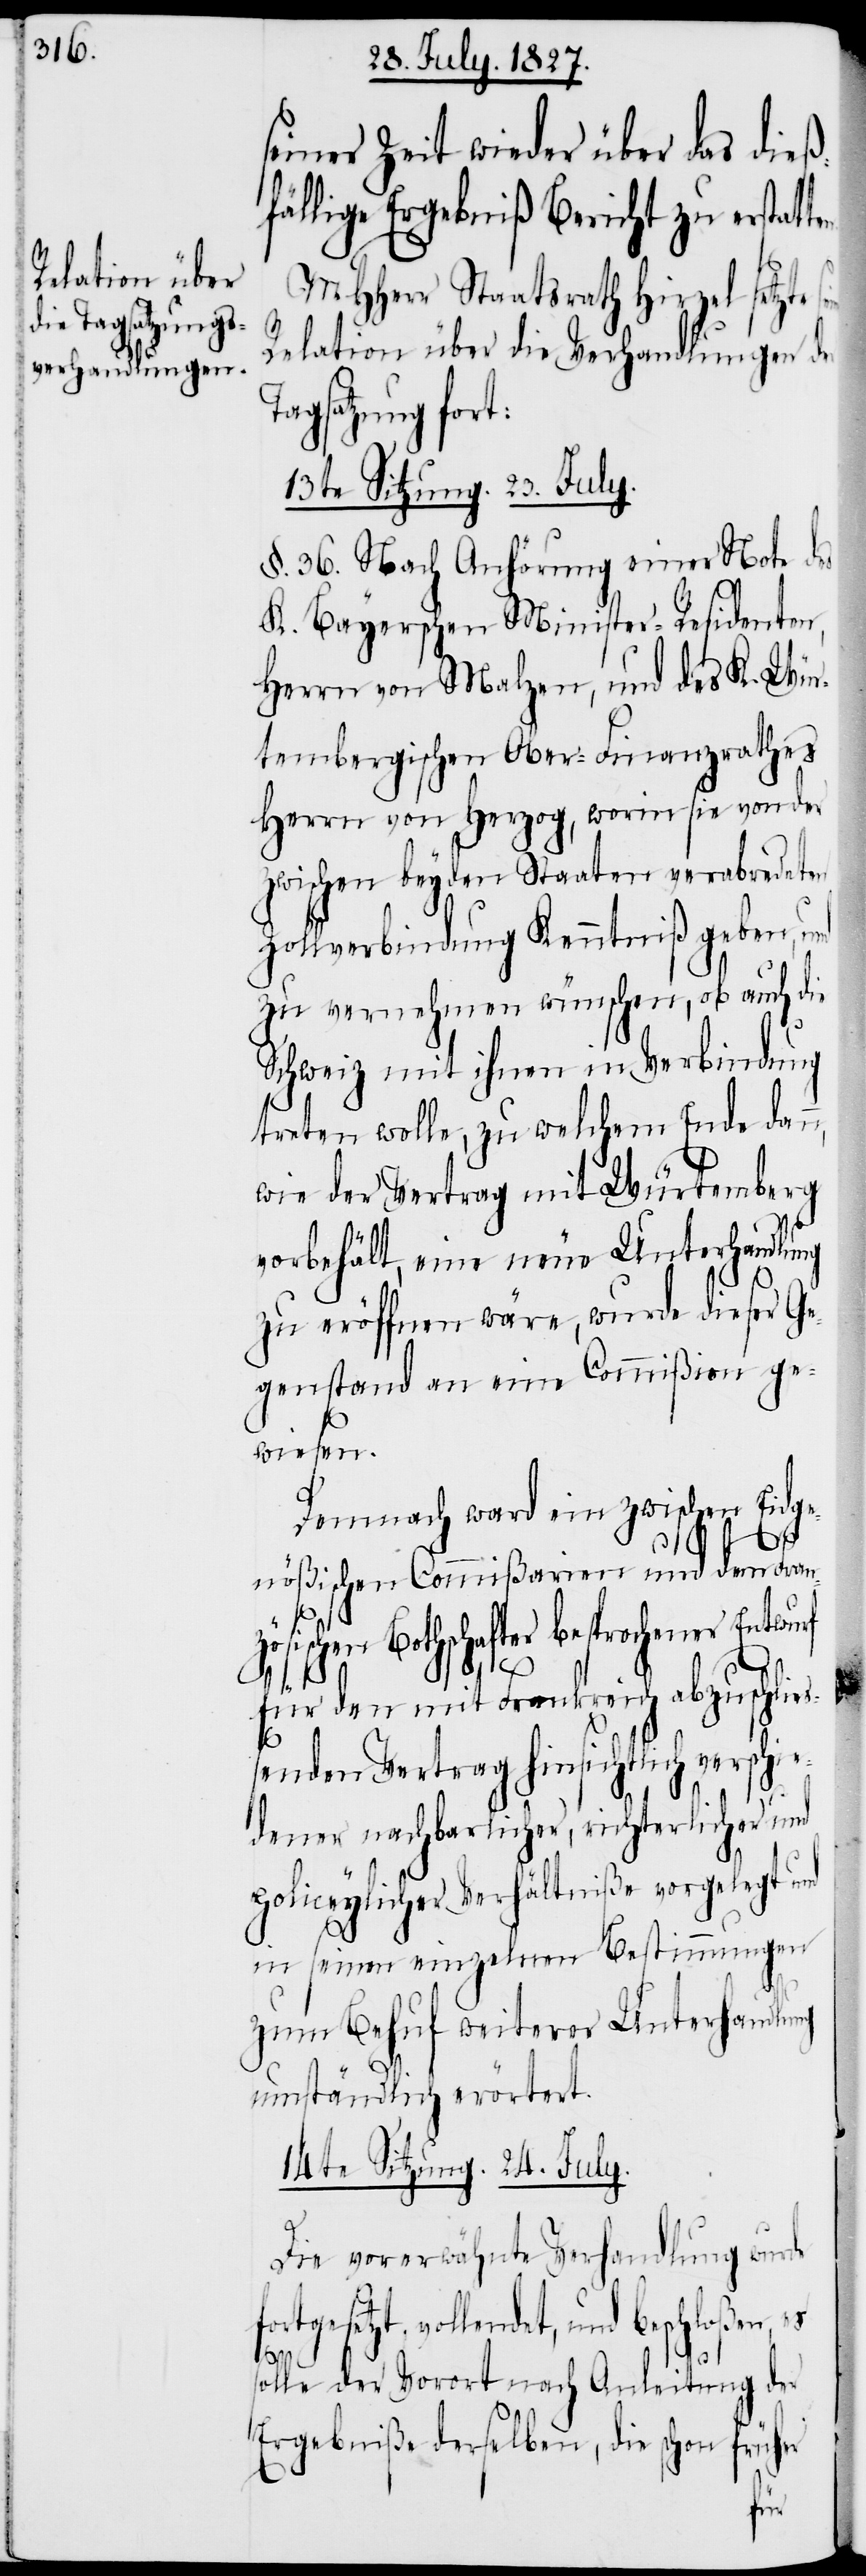
seiner Zeit wieder über das dieß¬
fällige Ergebniß Bericht zu erstat¬
MHHerr Staatsrath Hirzel setzte
Relation über die Verhandlungen der
Tagsatzung fort:
13te Sitzung. 23. July.
§. 36. Nach Anhörung einer Note des
K. Bayerschen Minister-Residenten,
Herrn von Malzen, und des K. Wür¬
tembergischen Ober-Finanzrathes
Herr von Herzog, worin sie sich von der
zwischen beyden Staaten verabredeten
Zollverbindung Kenntniß geben, und
zu vernehmen wünschen, ob auch die
Schweiz mit ihnen in Verbindung
treten wolle, zu welchem Ende dan¬
wie der Vertrag mit Würtemberg
vorbehält, eine neue Unterhandlung
zu eröffnen wäre, wurde dieser Ge¬
genstand an eine Commißion ge¬
wiesen.
Demnach ward ein zwischen Eidge¬
nößischen Commißarien und dem Franz¬
ösischen Bothschafter besprochener Entwu¬
rf
für den mit Frankreich abzuschlie¬
ßenden Vertrag hinsichtlich verschie¬
dener nachbarlicher, richterlicher und
policeylicher Verhältniße vorgelegt und
in seinen einzelnen Bestimmungen
zum Behuf weiterer Unterhandlung
umständlich erörtert.
14te Sitzung. 24. July.
Die vorerwähnte Verhandlung wurde
fortgesetzt, vollendet, und beschloßen, e¬
s s¬
olle der Vorort nach Anleitung der
Ergebniße derselben, die schon früher
seine